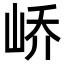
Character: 峤